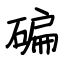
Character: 碥